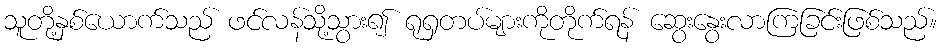
သူတို့နှစ်ယောက်သည် ဖင်လန်သို့သွား၍ ရုရှတပ်များကိုတိုက်ရန် ဆွေးနွေးလာကြခြင်းဖြစ်သည်။